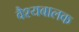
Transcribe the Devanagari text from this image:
वैश्यबालक